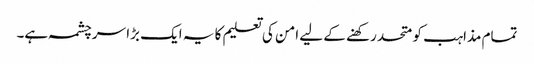
تمام مذاہب کو متحد رکھنے کے لیے امن کی تعلیم کا یہ ایک بڑا سرچشمہ ہے۔